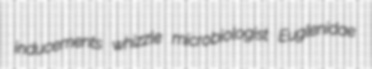
inducements whizzle microbiologist Euglenidae